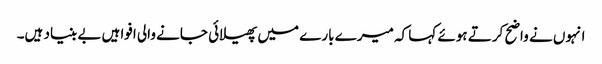
انہوں نے واضح کرتے ہوئے کہا کہ میرے بارے میں پھیلائی جانے والی افواہیں بے بنیاد ہیں۔